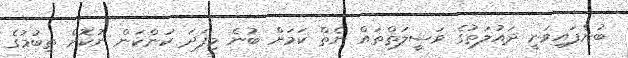
ބުނެފައިވަނީ ދައުލަތުގެ ވަސީލަތްތައް ނެތް ކަމަށް ބުނެ މިފަދަ ކަންކަން ނުކޮށް ތިބުމުގެ